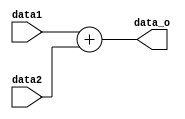
module Adder(
    input [31:0] data1,
    input [31:0] data2,
    output [31:0] data_o
);

assign data_o = data1 + data2;

endmodule